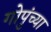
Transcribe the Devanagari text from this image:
गोपुंच्या